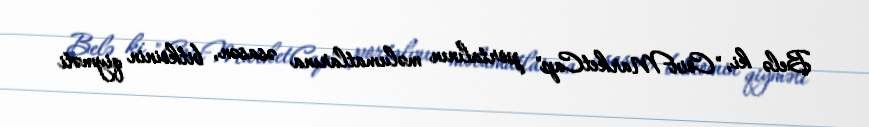
Belə ki, "CoinMarketCap" portalının məlumatlarına əsasən, bitkoinin qiyməti